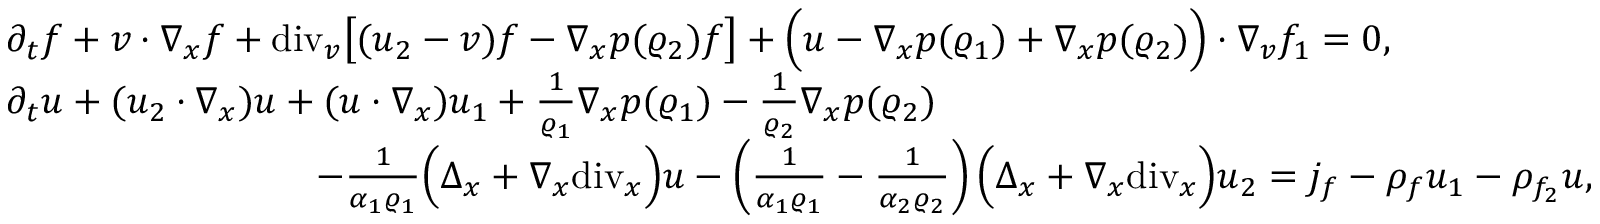
\begin{array} { r l } & { \partial _ { t } f + v \cdot \nabla _ { x } f + \mathrm { d i v } _ { v } \big [ ( u _ { 2 } - v ) f - \nabla _ { x } p ( \varrho _ { 2 } ) f \big ] + \Big ( u - \nabla _ { x } p ( \varrho _ { 1 } ) + \nabla _ { x } p ( \varrho _ { 2 } ) \Big ) \cdot \nabla _ { v } f _ { 1 } = 0 , } \\ & { \partial _ { t } u + ( u _ { 2 } \cdot \nabla _ { x } ) u + ( u \cdot \nabla _ { x } ) u _ { 1 } + \frac { 1 } { \varrho _ { 1 } } \nabla _ { x } p ( \varrho _ { 1 } ) - \frac { 1 } { \varrho _ { 2 } } \nabla _ { x } p ( \varrho _ { 2 } ) } \\ & { \qquad \qquad \qquad \qquad - \frac { 1 } { \alpha _ { 1 } \varrho _ { 1 } } \Big ( \Delta _ { x } + \nabla _ { x } \mathrm { d i v } _ { x } \Big ) u - \left( \frac { 1 } { \alpha _ { 1 } \varrho _ { 1 } } - \frac { 1 } { \alpha _ { 2 } \varrho _ { 2 } } \right) \Big ( \Delta _ { x } + \nabla _ { x } \mathrm { d i v } _ { x } \Big ) u _ { 2 } = j _ { f } - \rho _ { f } u _ { 1 } - \rho _ { f _ { 2 } } u , } \end{array}